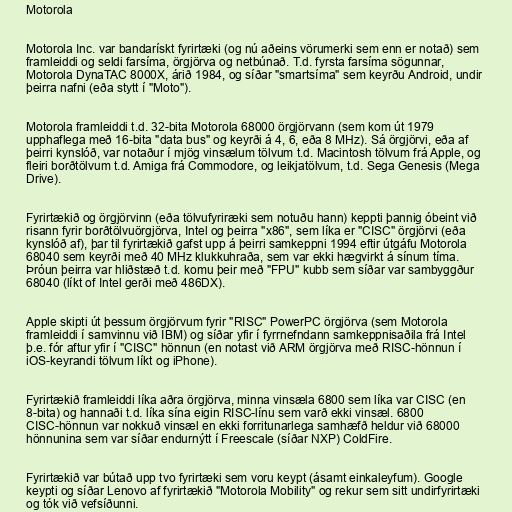
Motorola

Motorola Inc. var bandarískt fyrirtæki (og nú aðeins vörumerki sem enn er notað) sem
framleiddi og seldi farsíma, örgjörva og netbúnað. T.d. fyrsta farsíma sögunnar,
Motorola DynaTAC 8000X, árið 1984, og síðar "smartsíma" sem keyrðu Android, undir
þeirra nafni (eða stytt í "Moto").

Motorola framleiddi t.d. 32-bita Motorola 68000 örgjörvann (sem kom út 1979
upphaflega með 16-bita "data bus" og keyrði á 4, 6, eða 8 MHz). Sá örgjörvi, eða af
þeirri kynslóð, var notaður í mjög vinsælum tölvum t.d. Macintosh tölvum frá Apple, og
fleiri borðtölvum t.d. Amiga frá Commodore, og leikjatölvum, t.d. Sega Genesis (Mega
Drive).

Fyrirtækið og örgjörvinn (eða tölvufyriræki sem notuðu hann) keppti þannig óbeint við
risann fyrir borðtölvuörgjörva, Intel og þeirra "x86", sem líka er "CISC" örgjörvi (eða
kynslóð af), þar til fyrirtækið gafst upp á þeirri samkeppni 1994 eftir útgáfu Motorola
68040 sem keyrði með 40 MHz klukkuhraða, sem var ekki hægvirkt á sínum tíma.
Þróun þeirra var hliðstæð t.d. komu þeir með "FPU" kubb sem síðar var sambyggður
68040 (líkt of Intel gerði með 486DX).

Apple skipti út þessum örgjörvum fyrir "RISC" PowerPC örgjörva (sem Motorola
framleiddi í samvinnu við IBM) og síðar yfir í fyrrnefndann samkeppnisaðila frá Intel
þ.e. fór aftur yfir í "CISC" hönnun (en notast við ARM örgjörva með RISC-hönnun í
iOS-keyrandi tölvum líkt og iPhone).

Fyrirtækið framleiddi líka aðra örgjörva, minna vinsæla 6800 sem líka var CISC (en
8-bita) og hannaði t.d. líka sína eigin RISC-línu sem varð ekki vinsæl. 6800
CISC-hönnun var nokkuð vinsæl en ekki forritunarlega samhæfð heldur við 68000
hönnunina sem var síðar endurnýtt í Freescale (síðar NXP) ColdFire.

Fyrirtækið var bútað upp tvo fyrirtæki sem voru keypt (ásamt einkaleyfum). Google
keypti og síðar Lenovo af fyrirtækið "Motorola Mobility" og rekur sem sitt undirfyrirtæki
og tók við vefsíðunni.